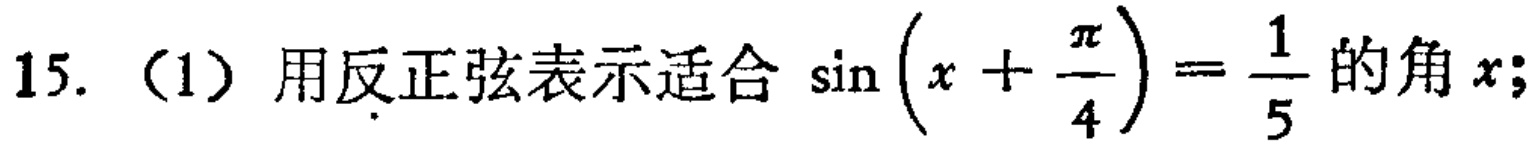
15. （1）用反正弦表示适合\(\sin\left(x + \frac{\pi}{4}\right)=\frac{1}{5}\)的角\(x\);